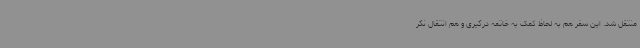
منتقل شد. این سفر هم به لحاظ کمک به خاتمه درگیری‌ و هم انتقال نگر